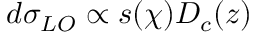
d \sigma _ { L O } \propto s ( \chi ) D _ { c } ( z )